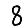
Digit: 8